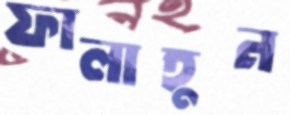
ফালাহুন